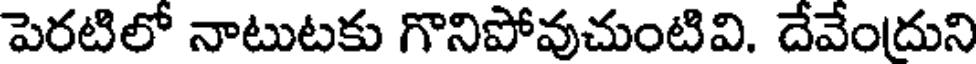
పెరటిలో నాటుటకు గొనిపోవుచుంటివి. దేవేందుని